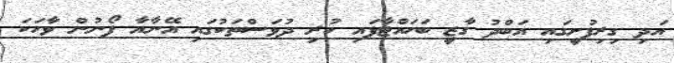
އަދި ގިރިފުށީގައި އަބްދު ގާޒީ ބަހައްޓާފައި ހުރި ދުވަސްތަކުގައި އޭނާއާ ފޯނުން ވާހަކަ